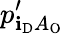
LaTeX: p_{\mathbf{i}_{\mathrm{{D}}}A_{\mathrm{{O}}}}^{\prime}